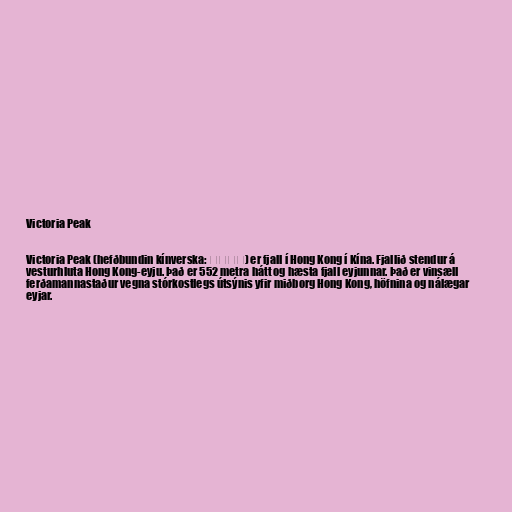
Victoria Peak

Victoria Peak (hefðbundin kínverska: 太平山頂) er fjall í Hong Kong í Kína. Fjallið stendur á
vesturhluta Hong Kong-eyju. Það er 552 metra hátt og hæsta fjall eyjunnar. Það er vinsæll
ferðamannastaður vegna stórkostlegs útsýnis yfir miðborg Hong Kong, höfnina og nálægar
eyjar.